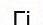
Гі